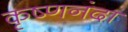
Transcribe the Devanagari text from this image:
कृष्णनंदा